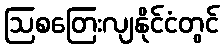
ဩစတြေးလျနိုင်ငံတွင်